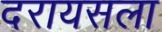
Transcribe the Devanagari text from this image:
दरायसला